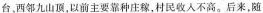
台，西邻九i山顶，以前主要靠种庄稼，村民收入不高。后来，随